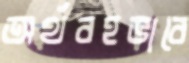
অর্থবহভাবে